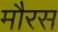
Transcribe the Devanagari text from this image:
मौरस